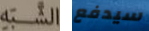
الشبه سيدفع